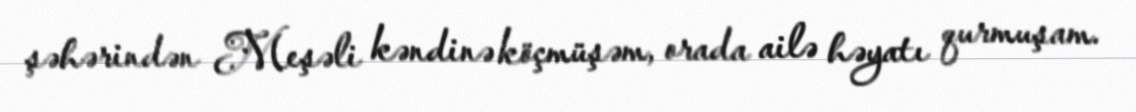
şəhərindən Meşəli kəndinə köçmüşəm, orada ailə həyatı qurmuşam.